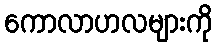
ကောလာဟလများကို